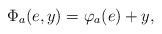
LaTeX: \begin{align*}\Phi_a (e, y) = \varphi_a(e) + y,\end{align*}